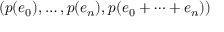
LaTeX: ( p ( e _ { 0 } ) , \ldots , p ( e _ { n } ) , p ( e _ { 0 } + \cdots + e _ { n } ) )